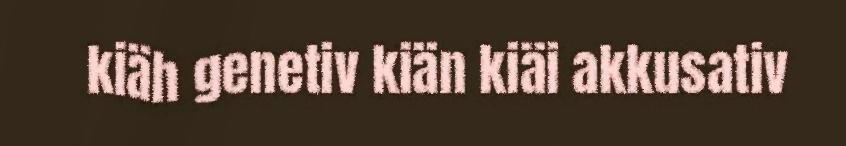
kiäh genetiv kiän kiäi akkusativ